Annual report on the Civil Veterinary Department, Burma (including the Insein Veterinary School) - 1910-1922
Year: 1910
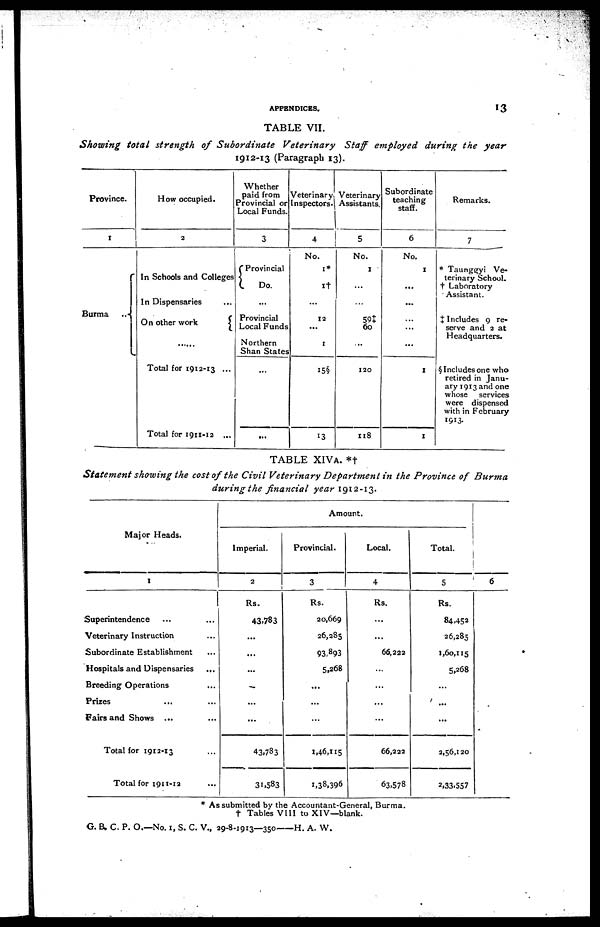
APPENDICES.
13
TABLE VII.
Showing total strength of Subordinate
Veterinary
Staff employed during the year
1912-13 (Paragraph 13).
Province.
1
Burma
.
How occupied.
2
In Schools and Colleges
In Dispensaries
On other work
5
Total for 1912-13 ...
Total for 1911-12 ...
Whether
paid from
Provincial or
Local Funds.
3
Provincial
Do.
...
Provincial
Local Funds
Northern
Shan States
...
...
Veterinary.
Inspectors.
4
No.
1*
1 †
...
12
...
1
15§
13
Veterinary
Assistants.
5
No.
1
...
...
59‡
60
...
120
118
Subordinate
teaching
staff.
6
No.
1
...
...
...
...
...
1
1
Remarks.
7
* Taunggyi Ve-
terinary School.
† Laboratory
Assistant.
X Includes 9 re-
serve and 2 at
Headquarters.
§ Includes one who
retired in Janu-
ary 1913 and one
whose
services
were dispensed
with in February
1913.
TABLE XIVA. *†
Statement showing the cost 0f the Civil Veterinary Department in the Province of Burma
during the financial year 1912-13.
Major Heads.
1
1
Superintendednce ... ...
Veterinary Instruction
Subordinate Establishment
Hospitals and Dispensaries
Breeding Operations ...
Prizes
Fairs and Shows
...
Total for 1912-13 ...
Total for 1911-12 ...
Amount.
Imperial.
2
1
Rs.
43.783
...
...
...
...
...
...
43,783
31,583
Provincial.
3
Rs.
20,669
26,285
93,893
5,268
...
...
...
1,46,115
1,38,396
Local.
4
Rs.
...
...
66,222
...
...
...
...
66,222
63,578
Total.
5
Rs.
84,452
26,285
1,60,115
5,268
...
...
...
2,56,120
2,33.557
6
* As submitted by the Accountant-General, Burma,
† Tables VIII to XIV—blank.
G. B. C. P. O.—No. I, S. C. V., 29-8-1913—350
H. A. W.